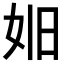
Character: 𪥮